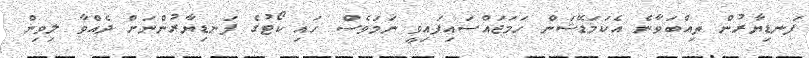
ފަނޑިޔާރުން ތިއްބަވާނެ އެކަމަޑޭޝަން ހަމަޖައްސައިފައިވީ ނަމަވެސް ހައި ކޯޓުގެ ފަނޑިޔާރުންނަށް ދެއްވާ ލިވިން